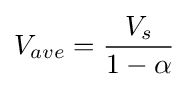
V_{ave}={\frac {V_{s}}{1-\alpha }}